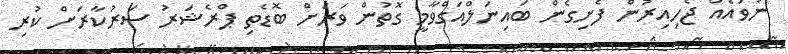
ނުވައެއް ޖެހިއިރުން ފެށިގެން ބައިނަލްއަގްވާމީ ގޮތުން ވަރަށް ބޮޑެތި ޕްރެޝަރު ސަރުކާރަށް ކުރި